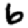
Digit: 6